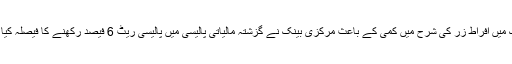
ملک میں افراط زر کی شرح میں کمی کے باعث مرکزی بینک نے گزشتہ مالیاتی پالیسی میں پالیسی ریٹ 6 فیصد رکھنے کا فیصلہ کیا تھا۔